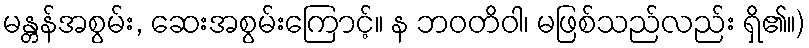
မန္တန်အစွမ်း, ဆေးအစွမ်းကြောင့်။ န ဘဝတိဝါ၊ မဖြစ်သည်လည်း ရှိ၏။)